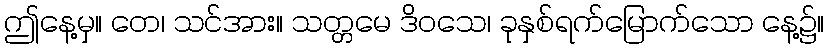
ဤနေ့မှ။ တေ၊ သင်အား။ သတ္တမေ ဒိဝသေ၊ ခုနှစ်ရက်မြောက်သော နေ့၌။